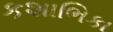
કશાભિકા